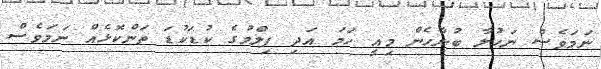
ނަމަވެސް ނަހުލާ ބުނާހެން މިއީ ހަމަ އަދި ފިލްމުގެ ކުޑަކުޑަ ތަންކޮޅެއް ނަމަވެސް